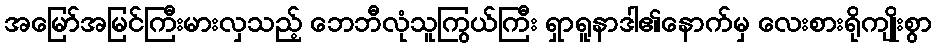
အမြော်အမြင်ကြီးမားလှသည့် ဘေဘီလုံသူကြွယ်ကြီး ရှာရူနာဒါ၏နောက်မှ လေးစားရိုကျိုးစွာ